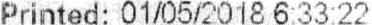
PRINTED: 01/05/2018 6:33:22